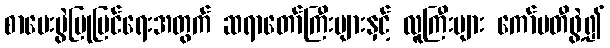
စာမေးပွဲပြုပြင်ရေးအတွက် ဆရာတော်ကြီးများနှင့် လူကြီးများ ကော်မတီဖွဲ့၍